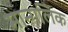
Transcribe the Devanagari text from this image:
मान्गलिक